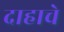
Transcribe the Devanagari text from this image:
दाहाचे